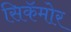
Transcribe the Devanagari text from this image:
सिकॅमोर